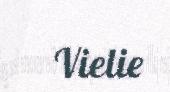
Vielie